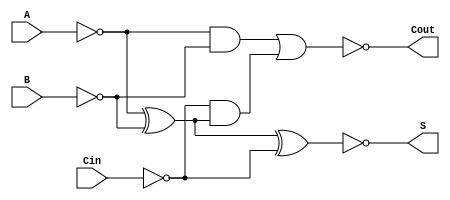
module NegativeCircuitFullAdder (
    input wire A,        // First binary input
    input wire B,        // Second binary input
    input wire Cin,      // Carry-in input
    output wire S,       // Sum output
    output wire Cout     // Carry-out output
);

// Internal signals for inverted inputs
wire A_inv;
wire B_inv;
wire Cin_inv;
wire sum_temp;
wire carry_temp1;
wire carry_temp2;

// Inverting the inputs
assign A_inv = ~A;
assign B_inv = ~B;
assign Cin_inv = ~Cin;

// Sum calculation using XOR for negative logic
assign sum_temp = A_inv ^ B_inv ^ Cin_inv;
assign S = ~sum_temp; // The output S is the inverted sum

// Carry-out calculation
assign carry_temp1 = A_inv & B_inv;
assign carry_temp2 = Cin_inv & (A_inv ^ B_inv);
assign Cout = ~(carry_temp1 | carry_temp2); // Inverted carry-out

endmodule